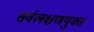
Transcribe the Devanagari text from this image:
सर्वलक्षणयुक्त